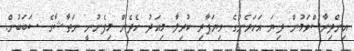
އިންދިރާސްވަމުން ދިޔަ އަހަރެންގެ ވިޔަފާރި ކުރިލާ މިއަދު ހެދެން މިފެށުނީ ނަތާޝާގެ ސަބަބުން.